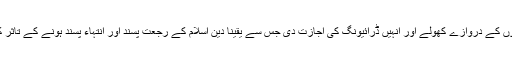
سعودی خواتین کے لیے ملازمتوں کے دروازے کھولے اور انہیں ڈرائیونگ کی اجازت دی جس سے یقیناً دین اسلام کے رجعت پسند اور انتہاء پسند ہونے کے تاثر کو زائل کرنے میں مدد ملے گی۔